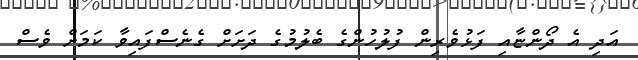
އަދި އެ ދޯންޏާއި ފަޅުވެރިން ފުލުހުންގެ ބެލުމުގެ ދަށަށް ގެނެސްފައިވާ ކަމަށް ވެސް